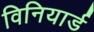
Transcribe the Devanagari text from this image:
विनियार्ड